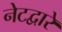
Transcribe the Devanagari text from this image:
नेटद्वारे